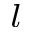
^ { l }